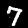
Digit: 7